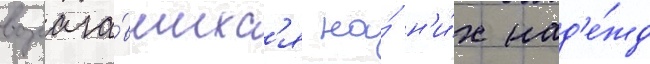
возлага́вшихс'я на́ н'и́х над'е́жд